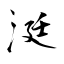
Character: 涏